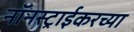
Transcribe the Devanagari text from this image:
नॉनस्ट्राईकरच्या